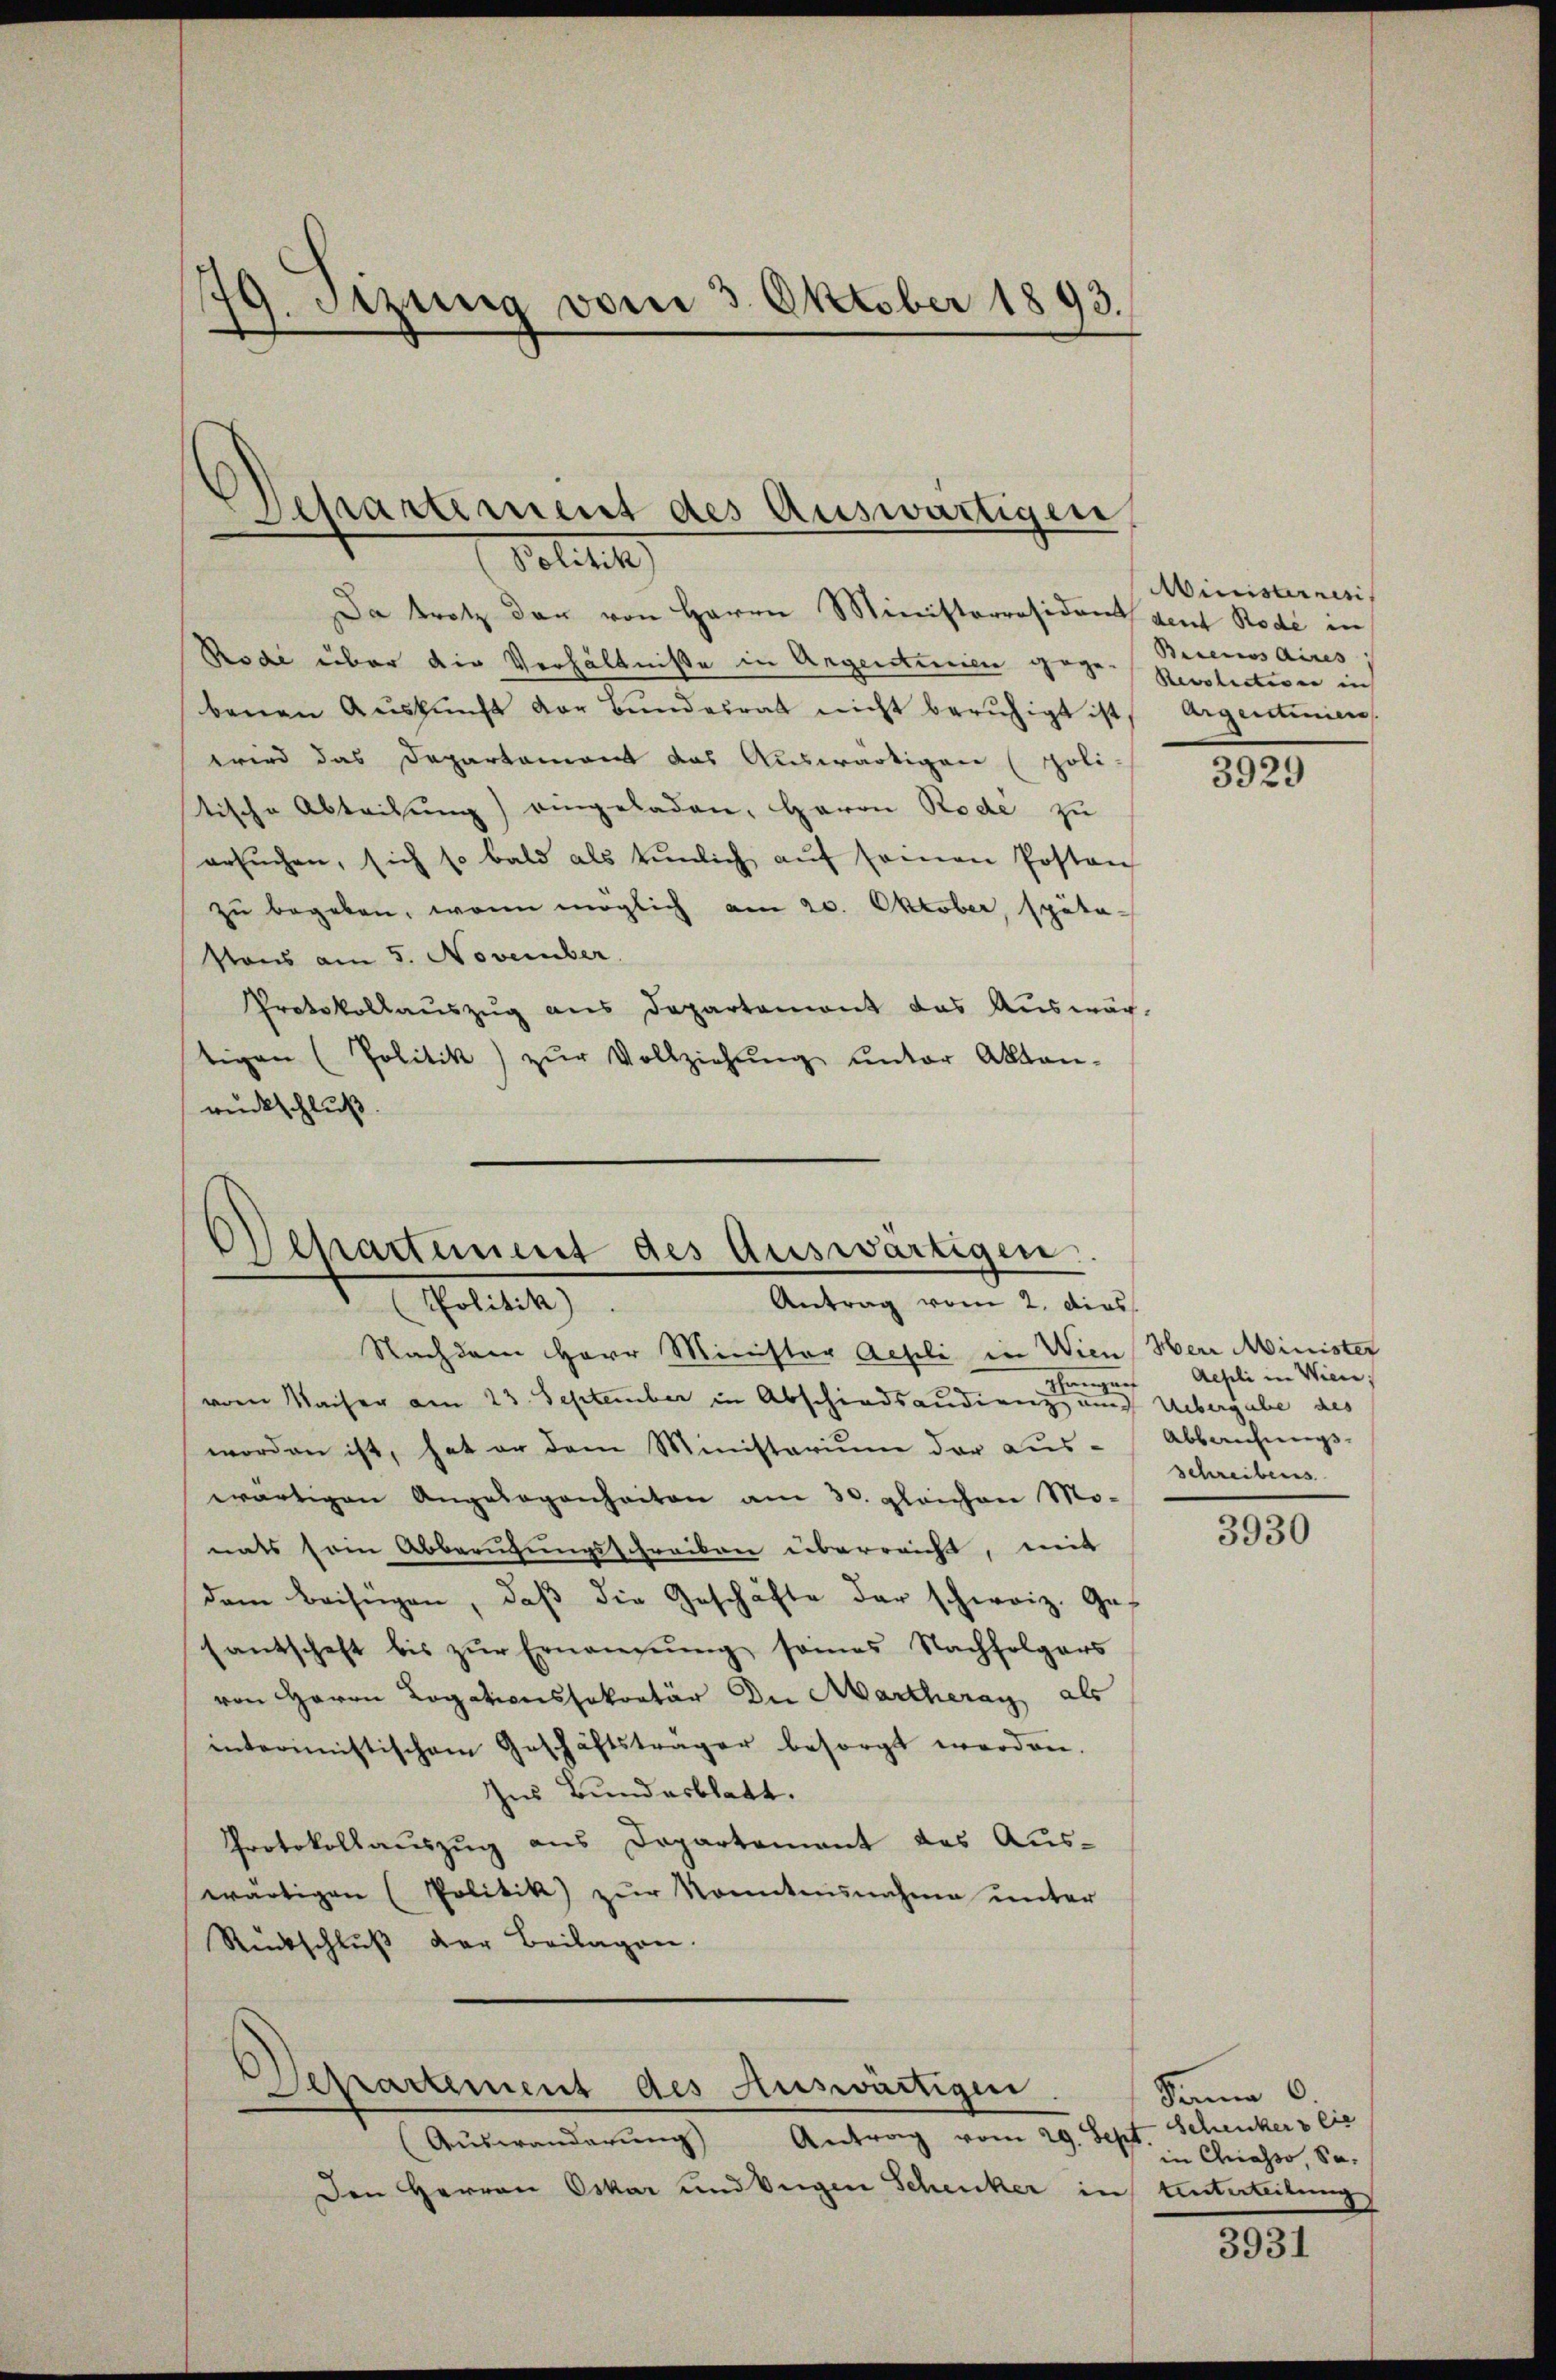
79. Sitzung vom 3. Oktober 1893.

Separtement des Auswärtigen
Politi

Da trotz den von Herrn Ministerräsident vent Rode in
Rode über die Verhältniße in Argentinen gegen Rivolectiven in
benen Aŭskŭnft der Bŭndesrat nicht beruhigt ist, Argentinien
wird das Departament das Auswärtigen (poli-
tische Abteilung) eingeladen, Herrn Rode zu
ersŭchen, sich so bald als tŭnlich aŭf seinen Posten
zu begeben, wenn möglich am 20. Oktober, späta-
staus am 5. November
Protokollauszug aus Departemont das Auswär-
tigen (Politik) zŭr Vollziehŭng ŭnter Akten-
rückschluß.

Departement des Auswärtigen.
Antrag vom 2. dies
Politik)

Nachdem Herr Minister Acheli in Wien Herr Minister
Ehningen
vom Waiser am 23. September in Abschiedsaudienz und Uebergabe des
worden ist, hat er dem Ministerium der Aus-
wärtigen Angelegenheiten am 30. gleichen Mo-
nats sein Abberufungsschreiben überreicht, mit
dem Beifügen, daß die Geschäfte der schweiz. Gesantschaft bis zŭr Ernanzŭng seines Nachfolgers
von Herrn Logationssekretär die Martheray, als
interimistischem Geschäftsträger besorgt werden.
Ins Bundesblatt.
Protokollauszug aus Departement des Auswärtigen (Politik) zŭr Kenntnisnahme ŭnter
Rückschluß der Beilagen.
Departement des Auswärtigen.
(Auswanderŭng Antrag vom 29. Sept. Schenkers lie
Den Herren Oskar und Eigen Schenker in Hinterteilung

Ministerneris
Berecios Aires |

3929

Aepli in Wien,
Abbruchungs-
Schreibens

3930

Dann C.
in Chiasso, Sa

3931